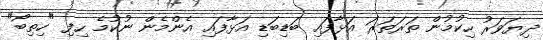
ދިޔަވަރު ހިކުމުން ތަރަތަރަ އަޅާފައި ބަޑިބަޑި އަޅާފައި އެންމެން ނުކުމެ ހިފި "ހިތިބޯ"